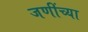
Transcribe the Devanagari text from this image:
जणींच्या